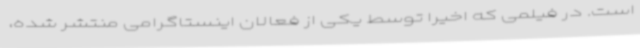
است. در فیلمی که اخیراً توسط یکی از فعالان اینستاگرامی منتشر شده،